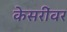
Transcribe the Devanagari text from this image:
केसरींवर